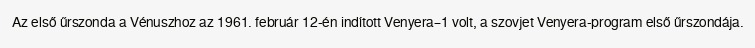
Az első űrszonda a Vénuszhoz az 1961. február 12-én indított Venyera–1 volt, a szovjet Venyera-program első űrszondája.